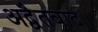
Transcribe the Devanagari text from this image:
अद्वैतवाद।